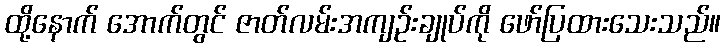
ထို့နောက် အောက်တွင် ဇာတ်လမ်းအကျဉ်းချုပ်ကို ဖော်ပြထားသေးသည်။